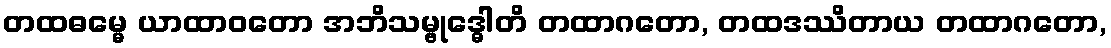
တထဓမ္မေ ယာထာဝတော အဘိသမ္ဗုဒ္ဓေါတိ တထာဂတော, တထဒဿိတာယ တထာဂတော,